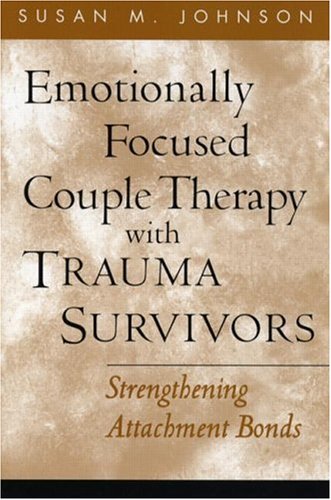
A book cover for Emotionally Focused Couple Therapy with Trauma Survivors: Strengthening Attachment Bonds (Guilford Family Therapy); Susan M. Johnson; Parenting & Relationships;